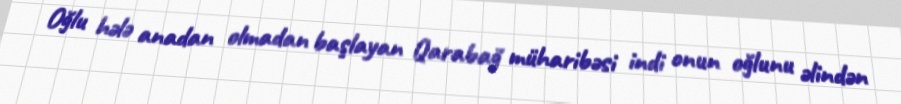
Oğlu hələ anadan olmadan başlayan Qarabağ müharibəsi indi onun oğlunu əlindən